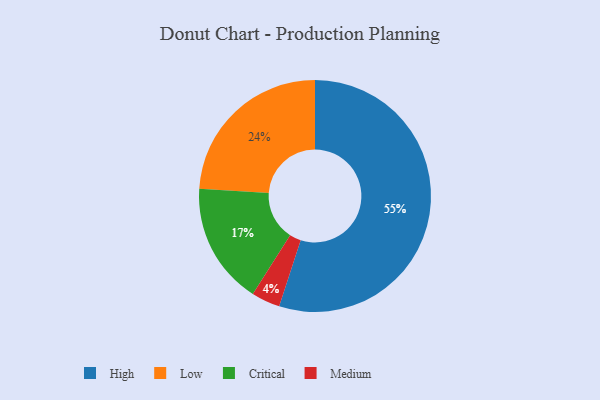
{"axis": {"x": "Category", "y": "Percentage"}, "legend": ["Critical", "High", "Low", "Medium"], "data": [{"x": "Medium", "y": 4, "type": "Medium"}, {"x": "Low", "y": 24, "type": "Low"}, {"x": "Critical", "y": 17, "type": "Critical"}, {"x": "High", "y": 55, "type": "High"}]}